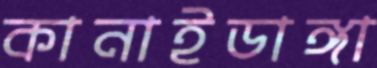
কানাইডাঙ্গা